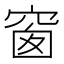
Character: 窗